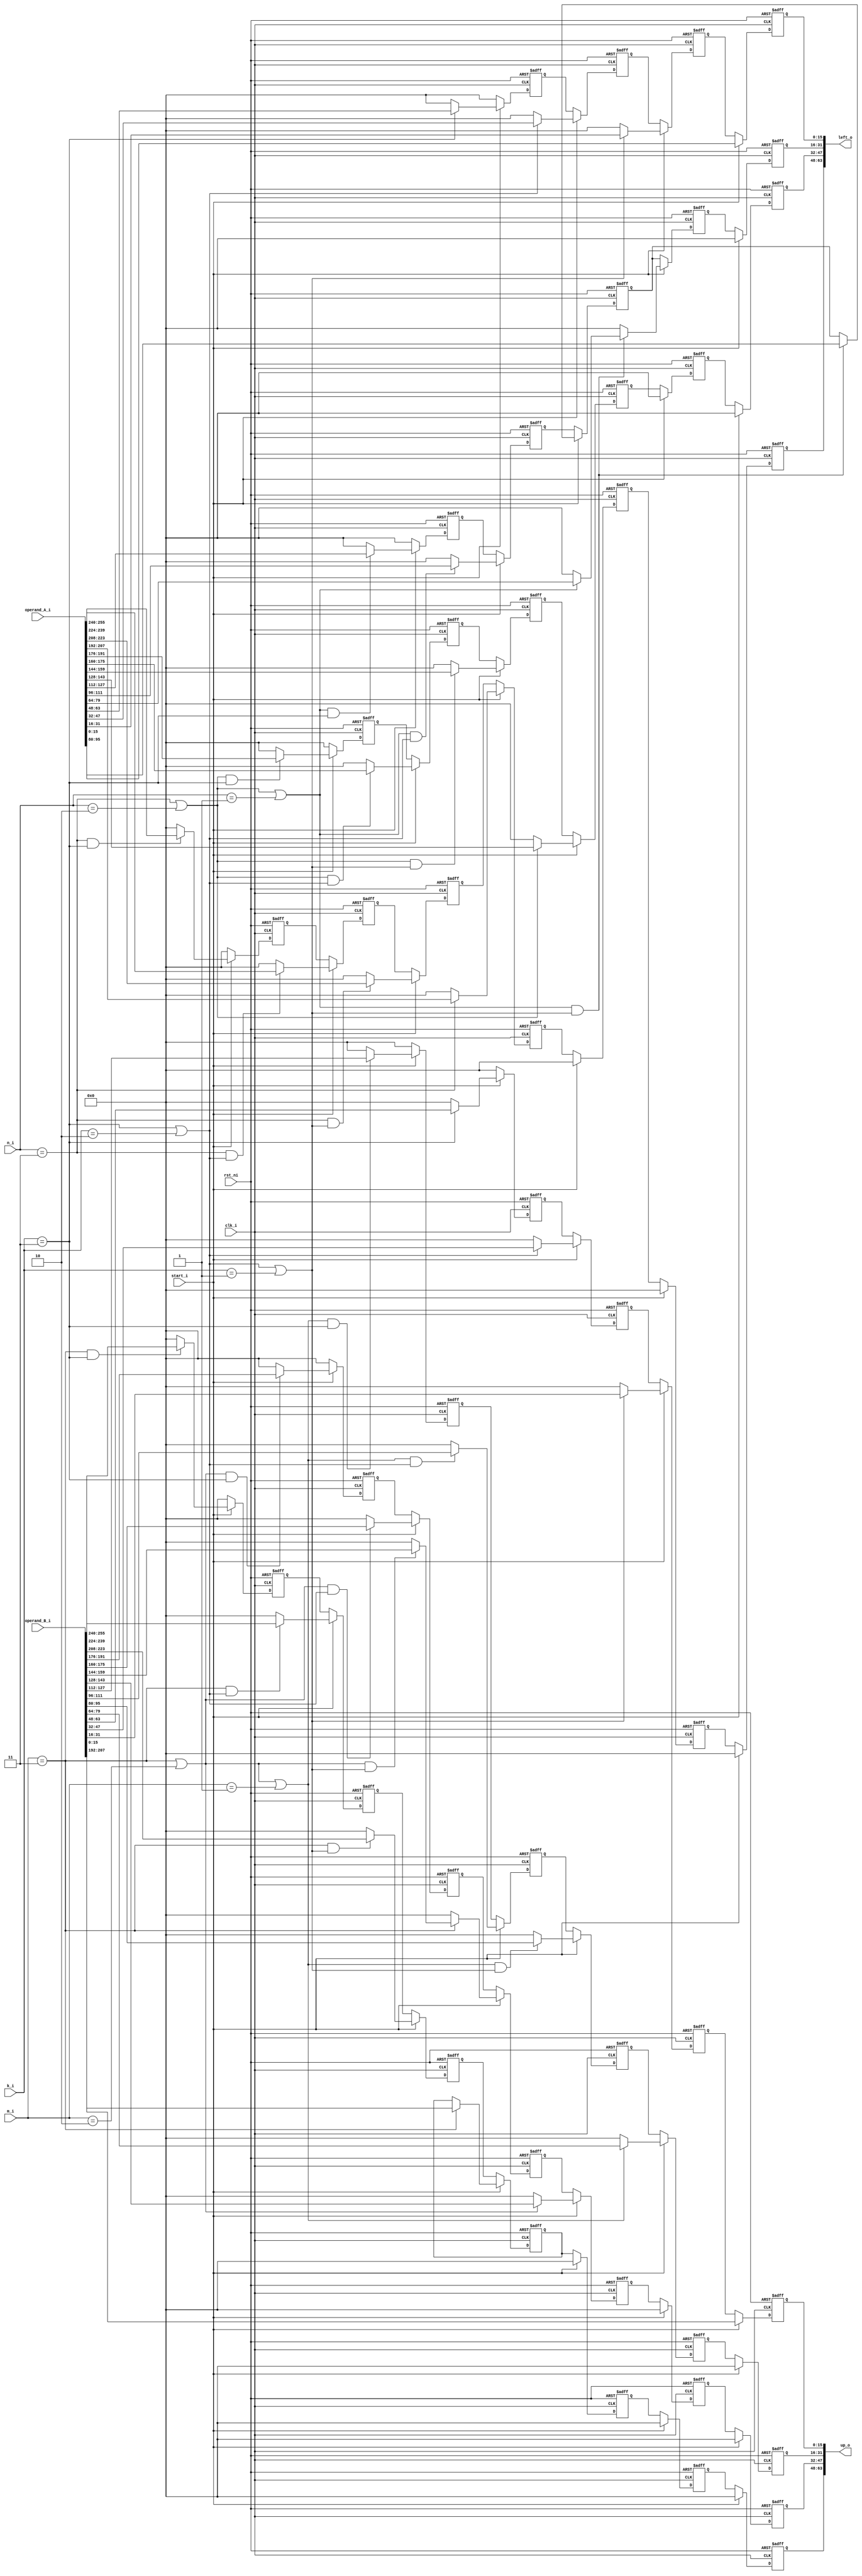
//
// Verilog Module Multiplexer_Accelarator_lib.buffers
//
// Created:
//          by - rossy.UNKNOWN (SHOHAM)
//          at - 19:04:51 01/25/2024
//
// using Mentor Graphics HDL Designer(TM) 2019.2 (Build 5)
//

`resetall
`timescale 1ns/10ps

module buffers(clk_i, rst_ni, start_i, operand_A_i, operand_B_i, n_i, k_i, m_i, 
 left_o, up_o);

	// PARAMERES
	parameter DATA_WIDTH = 16; // width of the data BUS in bits
	parameter BUS_WIDTH = 64; // width of the BUS in bits
	parameter ADDR_WIDTH = 8; // width of addres BUS in bits
	localparam MAX_DIM = BUS_WIDTH/DATA_WIDTH; // max dimension of the matrix
	parameter SP_NTARGETS = 4; // number of optionally matrix targets in ScratchPad 
	
	//inputs
	input wire clk_i; // clock
	input wire rst_ni; // reset
	input wire start_i; // start bit
	input wire [BUS_WIDTH*MAX_DIM-1:0] operand_A_i; // operand A 
	input wire [BUS_WIDTH*MAX_DIM-1:0] operand_B_i; // operand B

	input wire [1:0] n_i;
	input wire [1:0] k_i;
	input wire [1:0] m_i;

	//outputs
	output wire [MAX_DIM*DATA_WIDTH-1:0] left_o; // left input to the systolic array (input 0)
	output wire [MAX_DIM*DATA_WIDTH-1:0] up_o;   // up input to the systolic array (input 0)
	
	integer i;
	generate


	case(MAX_DIM)
	// for multiply 2 matrixes in maxDIM 4 
	4: begin

	reg [DATA_WIDTH-1:0] left0_buff [3:0]; // row of 7 buffers in width of DATA_WIDTH each (number 0)
	reg [DATA_WIDTH-1:0] left1_buff [4:0]; // row of 7 buffers in width of DATA_WIDTH each (number 1)
	reg [DATA_WIDTH-1:0] left2_buff [5:0]; // row of 7 buffers in width of DATA_WIDTH each (number 2)
	reg [DATA_WIDTH-1:0] left3_buff [6:0]; // row of 7 buffers in width of DATA_WIDTH each (number 3)
	reg [DATA_WIDTH-1:0] up0_buff [3:0];   // column of 7 buffers in width of DATA_WIDTH each (number 0)
	reg [DATA_WIDTH-1:0] up1_buff [4:0];   // column of 7 buffers in width of DATA_WIDTH each (number 1)
	reg [DATA_WIDTH-1:0] up2_buff [5:0];   // column of 7 buffers in width of DATA_WIDTH each (number 2)
	reg [DATA_WIDTH-1:0] up3_buff [6:0];   // column of 7 buffers in width of DATA_WIDTH each (number 3)
	
	always @(posedge clk_i or negedge rst_ni) begin: MAT_ARR
	if (!rst_ni) begin
		for (i=0; i<4; i=i+1) left0_buff[i] <= 0; //reset the (number 0) row of 7 buffers in width of DATA_WIDTH each 
		for (i=0; i<5; i=i+1) left1_buff[i] <= 0; //reset the (number 1) row of 7 buffers in width of DATA_WIDTH each 
		for (i=0; i<6; i=i+1) left2_buff[i] <= 0; //reset the (number 2) row of 7 buffers in width of DATA_WIDTH each 
		for (i=0; i<7; i=i+1) left3_buff[i] <= 0; //reset the (number 3) row of 7 buffers in width of DATA_WIDTH each 
		for (i=0; i<4; i=i+1) up0_buff[i] <= 0;   //reset the (number 0) column of 7 buffers in width of DATA_WIDTH each 
		for (i=0; i<5; i=i+1) up1_buff[i] <= 0;   //reset the (number 1) column of 7 buffers in width of DATA_WIDTH each 
		for (i=0; i<6; i=i+1) up2_buff[i] <= 0;   //reset the (number 2) column of 7 buffers in width of DATA_WIDTH each 
		for (i=0; i<7; i=i+1) up3_buff[i] <= 0;   //reset the (number 3) column of 7 buffers in width of DATA_WIDTH each 
	end
	else
	begin
		if(start_i)
		begin
			//left buffer (1st row)
				left0_buff[0] <= operand_A_i[DATA_WIDTH-1:0]; //set the 0st value of Matrix A (a0) in the 1st row of the buffer in 1st place 	
			if(k_i==3 || k_i==2 || k_i==1)
				left0_buff[1] <= operand_A_i[2*DATA_WIDTH-1:DATA_WIDTH];  //set the 1st value of Matrix A (a1) in the 1st row of the buffer in 2st place 
			else
				left0_buff[1] <= 0;
			if(k_i==3 || k_i==2)
				left0_buff[2] <= operand_A_i[3*DATA_WIDTH-1:2*DATA_WIDTH]; //set the 2st value of Matrix A (a2) in the 1st row of the buffer in 3st place 
			else
				left0_buff[2] <= 0;	
			if(k_i==3)	
				left0_buff[3] <= operand_A_i[4*DATA_WIDTH-1:3*DATA_WIDTH]; //set the 3st value of Matrix A (a3) in the 1st row of the buffer in 4st place 
			else
				left0_buff[3] <= 0;

				//left buffer (2st row)
				left1_buff[0] <= 0; //set 0 in the 2st row of the left buffer in 1st place
			if(n_i==3 || n_i==2 || n_i==1)
				left1_buff[1] <= operand_A_i[5*DATA_WIDTH-1:4*DATA_WIDTH]; //set the 4st value of Matrix A (a4) in the 2st row of the left buffer in 2st place
			else
				left1_buff[1] <= 0;
			if((n_i==3 || n_i==2 || n_i==1) && (k_i==3 || k_i==2 || k_i==1))	
				left1_buff[2] <= operand_A_i[6*DATA_WIDTH-1:5*DATA_WIDTH]; //set the 5st value of Matrix A (a5) in the 2st row of the left buffer in 3st place
			else	
				left1_buff[1] <= 0;		
			if((n_i==3 || n_i==2 || n_i==1) && (k_i==3 || k_i==2))	
				left1_buff[3] <= operand_A_i[7*DATA_WIDTH-1:6*DATA_WIDTH]; //set the 6st value of Matrix A (a6) in the 2st row of the left buffer in 4st place
			else
				left1_buff[3] <= 0;
			if((n_i==3 || n_i==2 || n_i==1) && k_i==3)		
				left1_buff[4] <= operand_A_i[8*DATA_WIDTH-1:7*DATA_WIDTH]; //set the 7st value of Matrix A (a7) in the 2st row of the left buffer in 5st place
			else
				left1_buff[4] <= 0;	

				//left buffer (3st row)
				left2_buff[0] <= 0; //set 0 in the 3st row of the left buffer in 1st place
				left2_buff[1] <= 0; //set 0 in the 3st row of the left buffer in 2st place
			if(n_i==3 || n_i==2)
				left2_buff[2] <= operand_A_i[9*DATA_WIDTH-1:8*DATA_WIDTH]; //set the 8st value of Matrix A (a8) in the 3st row of the left buffer in 3st place
			else
				left2_buff[2] <= 0;
			if((n_i==3 || n_i==2) && (k_i==3 || k_i==2 || k_i==1))	
				left2_buff[3] <= operand_A_i[10*DATA_WIDTH-1:9*DATA_WIDTH]; //set the 9st value of Matrix A (a9) in the 3st row of the left buffer in 4st place
			else	
				left2_buff[3] <= 0;
			if((n_i==3 || n_i==2) && (k_i==3 || k_i==2))
				left2_buff[4] <= operand_A_i[11*DATA_WIDTH-1:10*DATA_WIDTH]; //set the 10st value of Matrix A (a10) in the 3st row of the left buffer in 5st place
			else
				left2_buff[4] <= 0;
			if((n_i==3 || n_i==2) && k_i==3)
				left2_buff[5] <= operand_A_i[12*DATA_WIDTH-1:11*DATA_WIDTH]; //set the 11st value of Matrix A (a11) in the 3st row of the left buffer in 6st place
			else
				left2_buff[5] <= 0;	

				//left buffer (4st row)
				left3_buff[0] <= 0; //set 0 in the 4st row of the left buffer in 1st place
				left3_buff[1] <= 0; //set 0 in the 4st row of the left buffer in 2st place
				left3_buff[2] <= 0; //set 0 in the 4st row of the left buffer in 3st place
			if(n_i==3)
				left3_buff[3] <= operand_A_i[13*DATA_WIDTH-1:12*DATA_WIDTH]; //set the 12st value of Matrix A (a12) in the 4st row of the left buffer in 4st place
			else
				left3_buff[3] <= 0;
			if(n_i==3 && (k_i==3 || k_i==2 || k_i==1))	
				left3_buff[4] <= operand_A_i[14*DATA_WIDTH-1:13*DATA_WIDTH]; //set the 13st value of Matrix A (a13) in the 4st row of the left buffer in 5st place
			else
				left3_buff[4] <= 0;
			if(n_i==3 && (k_i==3 || k_i==2)) 
				left3_buff[5] <= operand_A_i[15*DATA_WIDTH-1:14*DATA_WIDTH]; //set the 14st value of Matrix A (a14) in the 4st row of the left buffer in 6st place
			else
				left3_buff[5] <= 0;
			if(n_i==3 && k_i==3) 	
				left3_buff[6] <= operand_A_i[16*DATA_WIDTH-1:15*DATA_WIDTH]; //set the 15st value of Matrix A (a15) in the 4st row of the left buffer in 7st place
			else
				left3_buff[6] <= 0;

				//up buffer (1st column)
				up0_buff[0] <= operand_B_i[DATA_WIDTH-1:0]; //set the 0st value of Matrix B (b0) in the 1st column of the buffer in 1st place 
			if(k_i==3 || k_i==2 || k_i==1)	
				up0_buff[1] <= operand_B_i[2*DATA_WIDTH-1:DATA_WIDTH]; //set the 1st value of Matrix B (b1) in the 1st column of the buffer in 2st place 
			else
				up0_buff[1] <= 0;
			if(k_i==3 || k_i==2)		
				up0_buff[2] <= operand_B_i[3*DATA_WIDTH-1:2*DATA_WIDTH]; //set the 2st value of Matrix B (b2) in the 1st column of the buffer in 3st place 
			else
				up0_buff[2] <= 0;
			if(k_i==3)		
				up0_buff[3] <= operand_B_i[4*DATA_WIDTH-1:3*DATA_WIDTH]; //set the 3st value of Matrix B (b3) in the 1st column of the buffer in 4st place 
			else
				up0_buff[3] <= 0;

				//up buffer (2st column)
				up1_buff[0] <= 0; //set 0 in the 2st column of the up buffer in 1st place
			if(m_i==3 || m_i==2 || m_i==1)
				up1_buff[1] <= operand_B_i[5*DATA_WIDTH-1:4*DATA_WIDTH]; //set the 4st value of Matrix B (b4) in the 2st column of the buffer in 2st place 
			else
				up1_buff[1] <= 0;
			if((m_i==3 || m_i==2 || m_i==1) && (k_i==3 || k_i==2 || k_i==1))	
				up1_buff[2] <= operand_B_i[6*DATA_WIDTH-1:5*DATA_WIDTH]; //set the 5st value of Matrix B (b5) in the 2st column of the buffer in 3st place
			else
				up1_buff[2] <= 0;	
			if((m_i==3 || m_i==2 || m_i==1) && (k_i==3 || k_i==2))
				up1_buff[3] <= operand_B_i[7*DATA_WIDTH-1:6*DATA_WIDTH]; //set the 6st value of Matrix B (b6) in the 2st column of the buffer in 4st place
			else
				up1_buff[3] <= 0;
			if((m_i==3 || m_i==2 || m_i==1) && k_i==3)
				up1_buff[4] <= operand_B_i[8*DATA_WIDTH-1:7*DATA_WIDTH]; //set the 7st value of Matrix B (b7) in the 2st column of the buffer in 5st place
			else
				up1_buff[4] <= 0;

				//up buffer (3st column)
				up2_buff[0] <= 0; //set 0 in the 3st column of the up buffer in 1st place
				up2_buff[1] <= 0; //set 0 in the 3st column of the up buffer in 2st place
			if(m_i==3 || m_i==2)	
				up2_buff[2] <= operand_B_i[9*DATA_WIDTH-1:8*DATA_WIDTH]; //set the 8st value of Matrix B (b8) in the 3st column of the buffer in 3st place
			else
				up2_buff[2] <= 0;
			if((m_i==3 || m_i==2) && (k_i==3 || k_i==2 || k_i==1))
				up2_buff[3] <= operand_B_i[10*DATA_WIDTH-1:9*DATA_WIDTH]; //set the 9st value of Matrix B (b9) in the 3st column of the buffer in 4st place
			else
				up2_buff[3] <= 0;
			if((m_i==3 || m_i==2) && (k_i==3 || k_i==2))
				up2_buff[4] <= operand_B_i[11*DATA_WIDTH-1:10*DATA_WIDTH]; //set the 10st value of Matrix B (b10) in the 3st column of the buffer in 5st place
			else
				up2_buff[4] <= 0;
			if((m_i==3 || m_i==2) && k_i==3)
				up2_buff[5] <= operand_B_i[12*DATA_WIDTH-1:11*DATA_WIDTH]; //set the 11st value of Matrix B (b11) in the 3st column of the buffer in 6st place
			else
				up2_buff[5] <= 0;

				//up buffer (4st column)
				up3_buff[0] <= 0; //set 0 in the 4st column of the up buffer in 1st place
				up3_buff[1] <= 0; //set 0 in the 4st column of the up buffer in 2st place
				up3_buff[2] <= 0; //set 0 in the 4st column of the up buffer in 3st place
			if(m_i==3)	
				up3_buff[3] <= operand_B_i[13*DATA_WIDTH-1:12*DATA_WIDTH]; //set the 12st value of Matrix B (b12) in the 4st column of the buffer in 4st place
			else
				up2_buff[3] <= 0;
			if(m_i==3 && (k_i==3 || k_i==2 || k_i==1))
				up3_buff[4] <= operand_B_i[14*DATA_WIDTH-1:13*DATA_WIDTH]; //set the 13st value of Matrix B (b13) in the 4st column of the buffer in 5st place
			else
				up3_buff[4] <= 0;
			if(m_i==3 && (k_i==3 || k_i==2))
				up3_buff[5] <= operand_B_i[15*DATA_WIDTH-1:14*DATA_WIDTH]; //set the 14st value of Matrix B (b14) in the 4st column of the buffer in 6st place
			else
				up3_buff[5] <= 0;
			if(m_i==3 && k_i==3)
				up3_buff[6] <= operand_B_i[16*DATA_WIDTH-1:15*DATA_WIDTH]; //set the 15st value of Matrix B (b15) in the 4st column of the buffer in 7st place	
			else
				up3_buff[6] <= 0;
		end
		else
		begin
			// 1st left row
			left0_buff[0] <= left0_buff[1]; // transfer element from the 2st place to the 1st place
			left0_buff[1] <= left0_buff[2]; // transfer element from the 3st place to the 2st place
			left0_buff[2] <= left0_buff[3]; // transfer element from the 4st place to the 3st place
			left0_buff[3] <= 0;

            // 2st left row
			left1_buff[0] <= left1_buff[1]; // transfer element from the 2st place to the 1st place
			left1_buff[1] <= left1_buff[2]; // transfer element from the 3st place to the 2st place
			left1_buff[2] <= left1_buff[3]; // transfer element from the 4st place to the 3st place
			left1_buff[3] <= left1_buff[4]; // transfer element from the 5st place to the 4st place
			left1_buff[4] <= 0;

            // 3st left row
			left2_buff[0] <= left2_buff[1]; // transfer element from the 2st place to the 1st place
			left2_buff[1] <= left2_buff[2]; // transfer element from the 3st place to the 2st place
			left2_buff[2] <= left2_buff[3]; // transfer element from the 4st place to the 3st place
			left2_buff[3] <= left2_buff[4]; // transfer element from the 5st place to the 4st place
			left2_buff[4] <= left2_buff[5]; // transfer element from the 6st place to the 5st place
			left2_buff[5] <= 0;

            // 4st left row
			left3_buff[0] <= left3_buff[1]; // transfer element from the 2st place to the 1st place
			left3_buff[1] <= left3_buff[2]; // transfer element from the 3st place to the 2st place
			left3_buff[2] <= left3_buff[3]; // transfer element from the 4st place to the 3st place
			left3_buff[3] <= left3_buff[4]; // transfer element from the 5st place to the 4st place
			left3_buff[4] <= left3_buff[5]; // transfer element from the 6st place to the 5st place
			left3_buff[5] <= left3_buff[6]; // transfer element from the 7st place to the 6st place
			left3_buff[6] <= 0; // set 0 in the 7st element

            // 1st up column
			up0_buff[0] <= up0_buff[1]; // transfer element from the 2st place to the 1st place
			up0_buff[1] <= up0_buff[2]; // transfer element from the 3st place to the 2st place
			up0_buff[2] <= up0_buff[3]; // transfer element from the 4st place to the 3st place
			up0_buff[3] <= 0;

            // 2st up column
			up1_buff[0] <= up1_buff[1]; // transfer element from the 2st place to the 1st place
			up1_buff[1] <= up1_buff[2]; // transfer element from the 3st place to the 2st place
			up1_buff[2] <= up1_buff[3]; // transfer element from the 4st place to the 3st place
			up1_buff[3] <= up1_buff[4]; // transfer element from the 5st place to the 4st place
			up1_buff[4] <= 0;

            // 3st up column
			up2_buff[0] <= up2_buff[1]; // transfer element from the 2st place to the 1st place
			up2_buff[1] <= up2_buff[2]; // transfer element from the 3st place to the 2st place
			up2_buff[2] <= up2_buff[3]; // transfer element from the 4st place to the 3st place
			up2_buff[3] <= up2_buff[4]; // transfer element from the 5st place to the 4st place
			up2_buff[4] <= up2_buff[5]; // transfer element from the 6st place to the 5st place
			up2_buff[5] <= 0;

            // 3st up column
			up3_buff[0] <= up3_buff[1]; // transfer element from the 2st place to the 1st place
			up3_buff[1] <= up3_buff[2]; // transfer element from the 3st place to the 2st place
			up3_buff[2] <= up3_buff[3]; // transfer element from the 4st place to the 3st place
			up3_buff[3] <= up3_buff[4]; // transfer element from the 5st place to the 4st place
			up3_buff[4] <= up3_buff[5]; // transfer element from the 6st place to the 5st place
			up3_buff[5] <= up3_buff[6]; // transfer element from the 7st place to the 6st place
			up3_buff[6] <= 0;// set 0 in the 7st element
		end
	end
	end
	assign left_o[DATA_WIDTH-1:0] = left0_buff[0]; // connect 1st place in the 1st left row to the output -> systolic array
	assign left_o[2*DATA_WIDTH-1:DATA_WIDTH] = left1_buff[0]; // connect 1st place in the 2st left row to the output -> systolic array
	assign left_o[3*DATA_WIDTH-1:2*DATA_WIDTH] = left2_buff[0]; // connect 1st place in the 3st left row to the output -> systolic array
	assign left_o[4*DATA_WIDTH-1:3*DATA_WIDTH] = left3_buff[0]; // connect 1st place in the 4st left row to the output -> systolic array
	assign up_o[DATA_WIDTH-1:0] = up0_buff[0]; // connect 1st place in the 1st up column to the output -> systolic array
	assign up_o[2*DATA_WIDTH-1:DATA_WIDTH] = up1_buff[0]; // connect 1st place in the 2st up column to the output -> systolic array
	assign up_o[3*DATA_WIDTH-1:2*DATA_WIDTH] = up2_buff[0]; // connect 1st place in the 3st up column to the output -> systolic array
	assign up_o[4*DATA_WIDTH-1:3*DATA_WIDTH] = up3_buff[0]; // connect 1st place in the 4st up column to the output -> systolic array
	end

















	// for multiply 2 matrixes in maxDIM 2 
	2: begin

	reg [DATA_WIDTH-1:0] left0_buff [1:0]; // row of 7 buffers in width of DATA_WIDTH each (number 0)
	reg [DATA_WIDTH-1:0] left1_buff [2:0]; // row of 7 buffers in width of DATA_WIDTH each (number 1)
	reg [DATA_WIDTH-1:0] up0_buff [1:0];   // column of 7 buffers in width of DATA_WIDTH each (number 0)
	reg [DATA_WIDTH-1:0] up1_buff [2:0];   // column of 7 buffers in width of DATA_WIDTH each (number 1)

	always @(posedge clk_i or negedge rst_ni) begin: MAT_ARR
	if (!rst_ni) begin
		for (i=0; i<2; i=i+1) left0_buff[i] <= 0; //reset the (number 0) row of 7 buffers in width of DATA_WIDTH each 
		for (i=0; i<3; i=i+1) left1_buff[i] <= 0; //reset the (number 1) row of 7 buffers in width of DATA_WIDTH each 
		for (i=0; i<2; i=i+1) up0_buff[i] <= 0;   //reset the (number 0) column of 7 buffers in width of DATA_WIDTH each 
		for (i=0; i<3; i=i+1) up1_buff[i] <= 0;   //reset the (number 1) column of 7 buffers in width of DATA_WIDTH each 
	end
	else
	begin
		if(start_i)
		begin
				//left buffer (1st row)
				left0_buff[0] <= operand_A_i[DATA_WIDTH-1:0]; //set the 0st value of Matrix A (a0) in the 1st row of the buffer in 1st place 
			if(k_i==1)
				left0_buff[1] <= operand_A_i[2*DATA_WIDTH-1:DATA_WIDTH];  //set the 1st value of Matrix A (a1) in the 1st row of the buffer in 2st place 
			else
				left0_buff[1] <= 0;

				//left buffer (2st row)
				left1_buff[0] <= 0; //set 0 in the 2st row of the buffer in 1st place
			if(n_i==1)
				left1_buff[1] <= operand_A_i[3*DATA_WIDTH-1:2*DATA_WIDTH]; //set the 2st value of Matrix A (a2) in the 2st row of the buffer in 2st place 
			else
				left1_buff[1] <= 0;
			if(n_i==1 && k_i==1)
				left1_buff[2] <= operand_A_i[4*DATA_WIDTH-1:3*DATA_WIDTH]; //set the 3st value of Matrix A (a3) in the 2st row of the buffer in 3st place 
			else
				left1_buff[2] <= 0;

				//up buffer (1st column)	
				up0_buff[0] <= operand_B_i[DATA_WIDTH-1:0]; //set the 0st value of Matrix B (b0) in the 1st column of the buffer in 1st place 
			if(k_i==1)
				up0_buff[1] <= operand_B_i[2*DATA_WIDTH-1:DATA_WIDTH]; //set the 1st value of Matrix B (b1) in the 1st column of the buffer in 2st place 
			else
				up0_buff[1] <= 0;

                //up buffer (2st column)
				up1_buff[0] <= 0; //set 0 in the 2st column of the up buffer in 1st place
			if(m_i==1)
				up1_buff[1] <= operand_B_i[3*DATA_WIDTH-1:2*DATA_WIDTH]; //set the 2st value of Matrix B (b2) in the 2st column of the buffer in 2st place 
			else
				up1_buff[1] <= 0;
			if(m_i==1 && k_i==1)
				up1_buff[2] <= operand_B_i[4*DATA_WIDTH-1:3*DATA_WIDTH]; //set the 3st value of Matrix B (b3) in the 2st column of the buffer in 3st place 
			else
				up1_buff[2] <= 0;
				
		end
		else
		begin
			// 1st left row
			left0_buff[0] <= left0_buff[1]; // transfer element from the 2st place to the 1st place
			left0_buff[1] <= 0; // transfer element from the 3st place to the 2st place

            // 2st left row
			left1_buff[0] <= left1_buff[1]; // transfer element from the 2st place to the 1st place
			left1_buff[1] <= left1_buff[2]; // transfer element from the 3st place to the 2st place
			left1_buff[2] <= 0; // transfer element from the 4st place to the 3st place

            // 1st up column
			up0_buff[0] <= up0_buff[1]; // transfer element from the 2st place to the 1st place
			up0_buff[1] <= 0; // transfer element from the 3st place to the 2st place

            // 2st up column
			up1_buff[0] <= up1_buff[1]; // transfer element from the 2st place to the 1st place
			up1_buff[1] <= up1_buff[2]; // transfer element from the 3st place to the 2st place
			up1_buff[2] <= 0; // transfer element from the 4st place to the 3st place
		end
	end
	end
	assign left_o[DATA_WIDTH-1:0] = left0_buff[0]; // connect 1st place in the 1st left row to the output -> systolic array
	assign left_o[2*DATA_WIDTH-1:DATA_WIDTH] = left1_buff[0]; // connect 1st place in the 2st left row to the output -> systolic array
	assign up_o[DATA_WIDTH-1:0] = up0_buff[0]; // connect 1st place in the 1st up column to the output -> systolic array
	assign up_o[2*DATA_WIDTH-1:DATA_WIDTH] = up1_buff[0]; // connect 1st place in the 2st up column to the output -> systolic array
	end









default: begin
	reg [DATA_WIDTH-1:0] left0_buff [0:0]; // row of 7 buffers in width of DATA_WIDTH each (number 0)
	reg [DATA_WIDTH-1:0] up0_buff [0:0];   // column of 7 buffers in width of DATA_WIDTH each (number 0)

	always @(posedge clk_i or negedge rst_ni) begin: MAT_ARR
	if (!rst_ni) begin
		for (i=0; i<1; i=i+1) left0_buff[i] <= 0; //reset the (number 0) row of 7 buffers in width of DATA_WIDTH each 
		for (i=0; i<1; i=i+1) up0_buff[i] <= 0;   //reset the (number 0) column of 7 buffers in width of DATA_WIDTH each 
	end
	else
	begin
		if(start_i)
		begin
				left0_buff[0] <= operand_A_i[DATA_WIDTH-1:0];

				up0_buff[0] <= operand_B_i[DATA_WIDTH-1:0];
				
		end
		else
		begin
			// 1st left row
			left0_buff[0] <= 0; // transfer element from the 2st place to the 1st place

            // 1st up column
			up0_buff[0] <= 0; // transfer element from the 2st place to the 1st place
		end
	end
	end
	assign left_o[DATA_WIDTH-1:0] = left0_buff[0]; // connect 1st place in the 1st left row to the output -> systolic array
	assign up_o[DATA_WIDTH-1:0] = up0_buff[0]; // connect 1st place in the 1st up column to the output -> systolic array
	end



	endcase
	endgenerate
	

endmodule